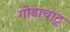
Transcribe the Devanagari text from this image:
गोडाचाटू